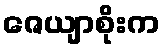
ဇေယျာစိုးက